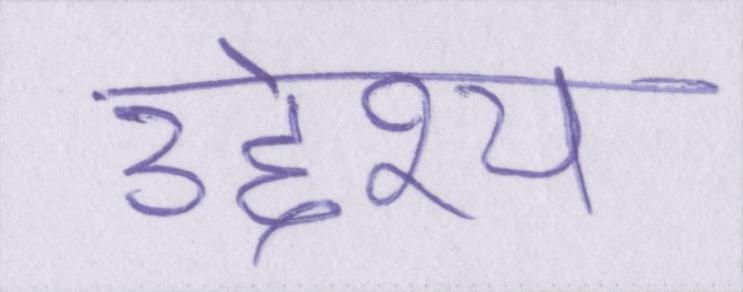
उद्देश्य